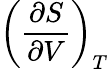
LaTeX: \left({\frac{\partial S}{\partial V}}\right)_{T}